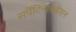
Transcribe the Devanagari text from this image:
सर्पेंटिनायझेशन